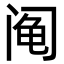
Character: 阄